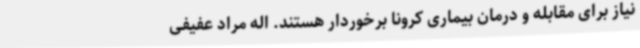
نیاز برای مقابله و درمان بیماری کرونا برخوردار هستند. اله مراد عفیفی